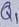
Text: Q1